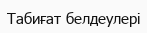
Табиғат белдеулері